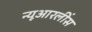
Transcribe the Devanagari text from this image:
न्यूआरलींस